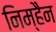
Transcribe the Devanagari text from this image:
निम्हैन